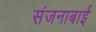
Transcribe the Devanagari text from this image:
संजनाबाई